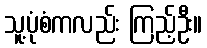
သူ့ပုံစံကလည်း ကြည့်ဦး။